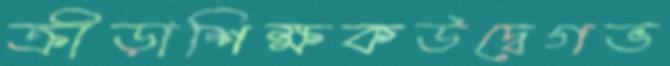
ক্রীড়াশিক্ষকউদ্বেগভ